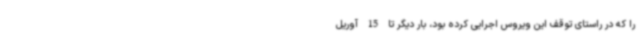
را که در راستای توقف این ویروس اجرایی کرده بود، بار دیگر تا 15 آوریل